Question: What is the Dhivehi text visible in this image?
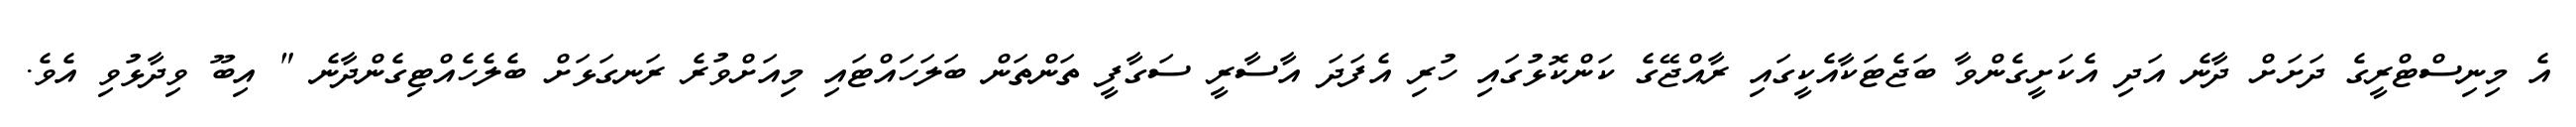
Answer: އެ މިނިސްޓްރީގެ ދަށަށް ދާނެ އަދި އެކަށީގެންވާ ބަޖެޓަކާއެކީގައި ރާއްޖޭގެ ކަންކޮޅުގައި ހުރި އެފަދަ އާސާރީ ސަގާފީ ތަންތަން ބަލަހައްޓައި މިއަށްވުރެ ރަނގަޅަށް ބެލެހެއްޓިގެންދާނެ " އިބޫ ވިދާޅުވި އެވެ.